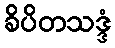
ခိပိတသဒ္ဒံ